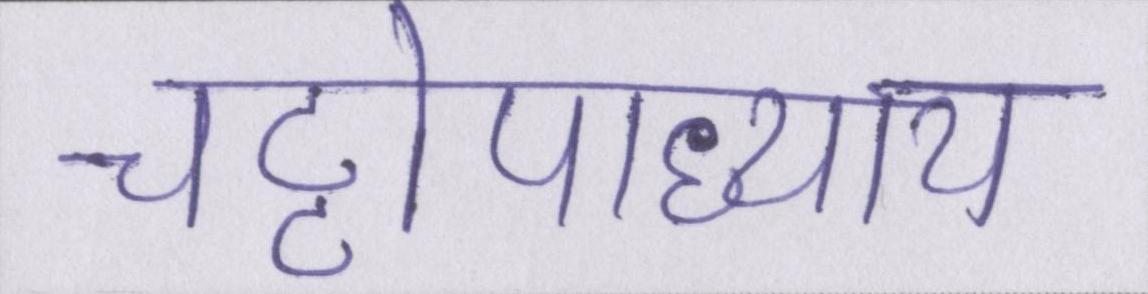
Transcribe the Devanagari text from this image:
चट्टोपाध्याय